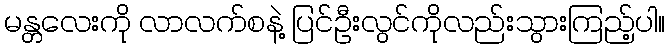
မန္တလေးကို လာလက်စနဲ့ ပြင်ဦးလွင်ကိုလည်းသွားကြည့်ပါ။